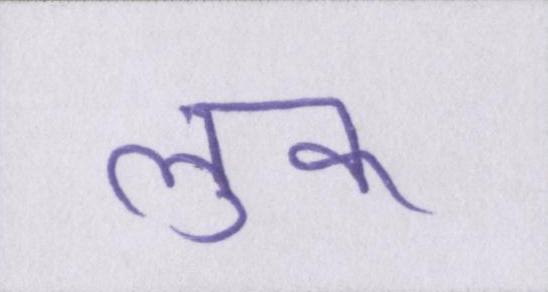
लुक